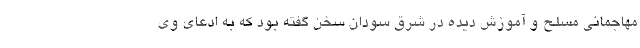
مهاجمانی مسلح و آموزش دیده در شرق سودان سخن گفته بود که به ادعای وی